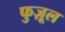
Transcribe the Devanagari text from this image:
फुज़ूल